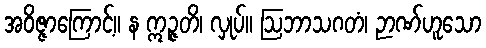
အဝိဇ္ဇာကြောင့်။ န ဣဉ္ဇတိ၊ လှုပ်။ ဩဘာသဂတံ၊ ဉာဏ်ဟူသော